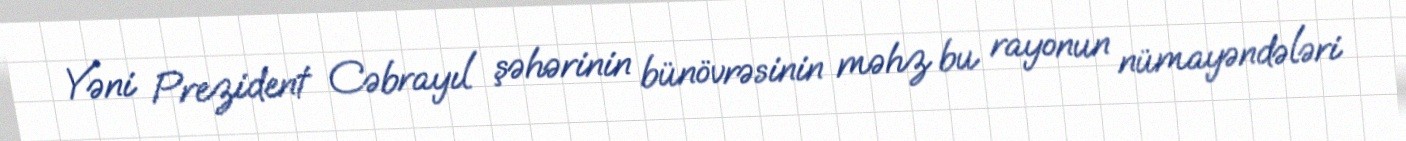
Yəni Prezident Cəbrayıl şəhərinin bünövrəsinin məhz bu rayonun nümayəndələri